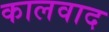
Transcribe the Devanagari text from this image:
कालवाद